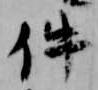
件